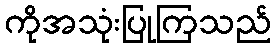
ကိုအသုံးပြုကြသည်